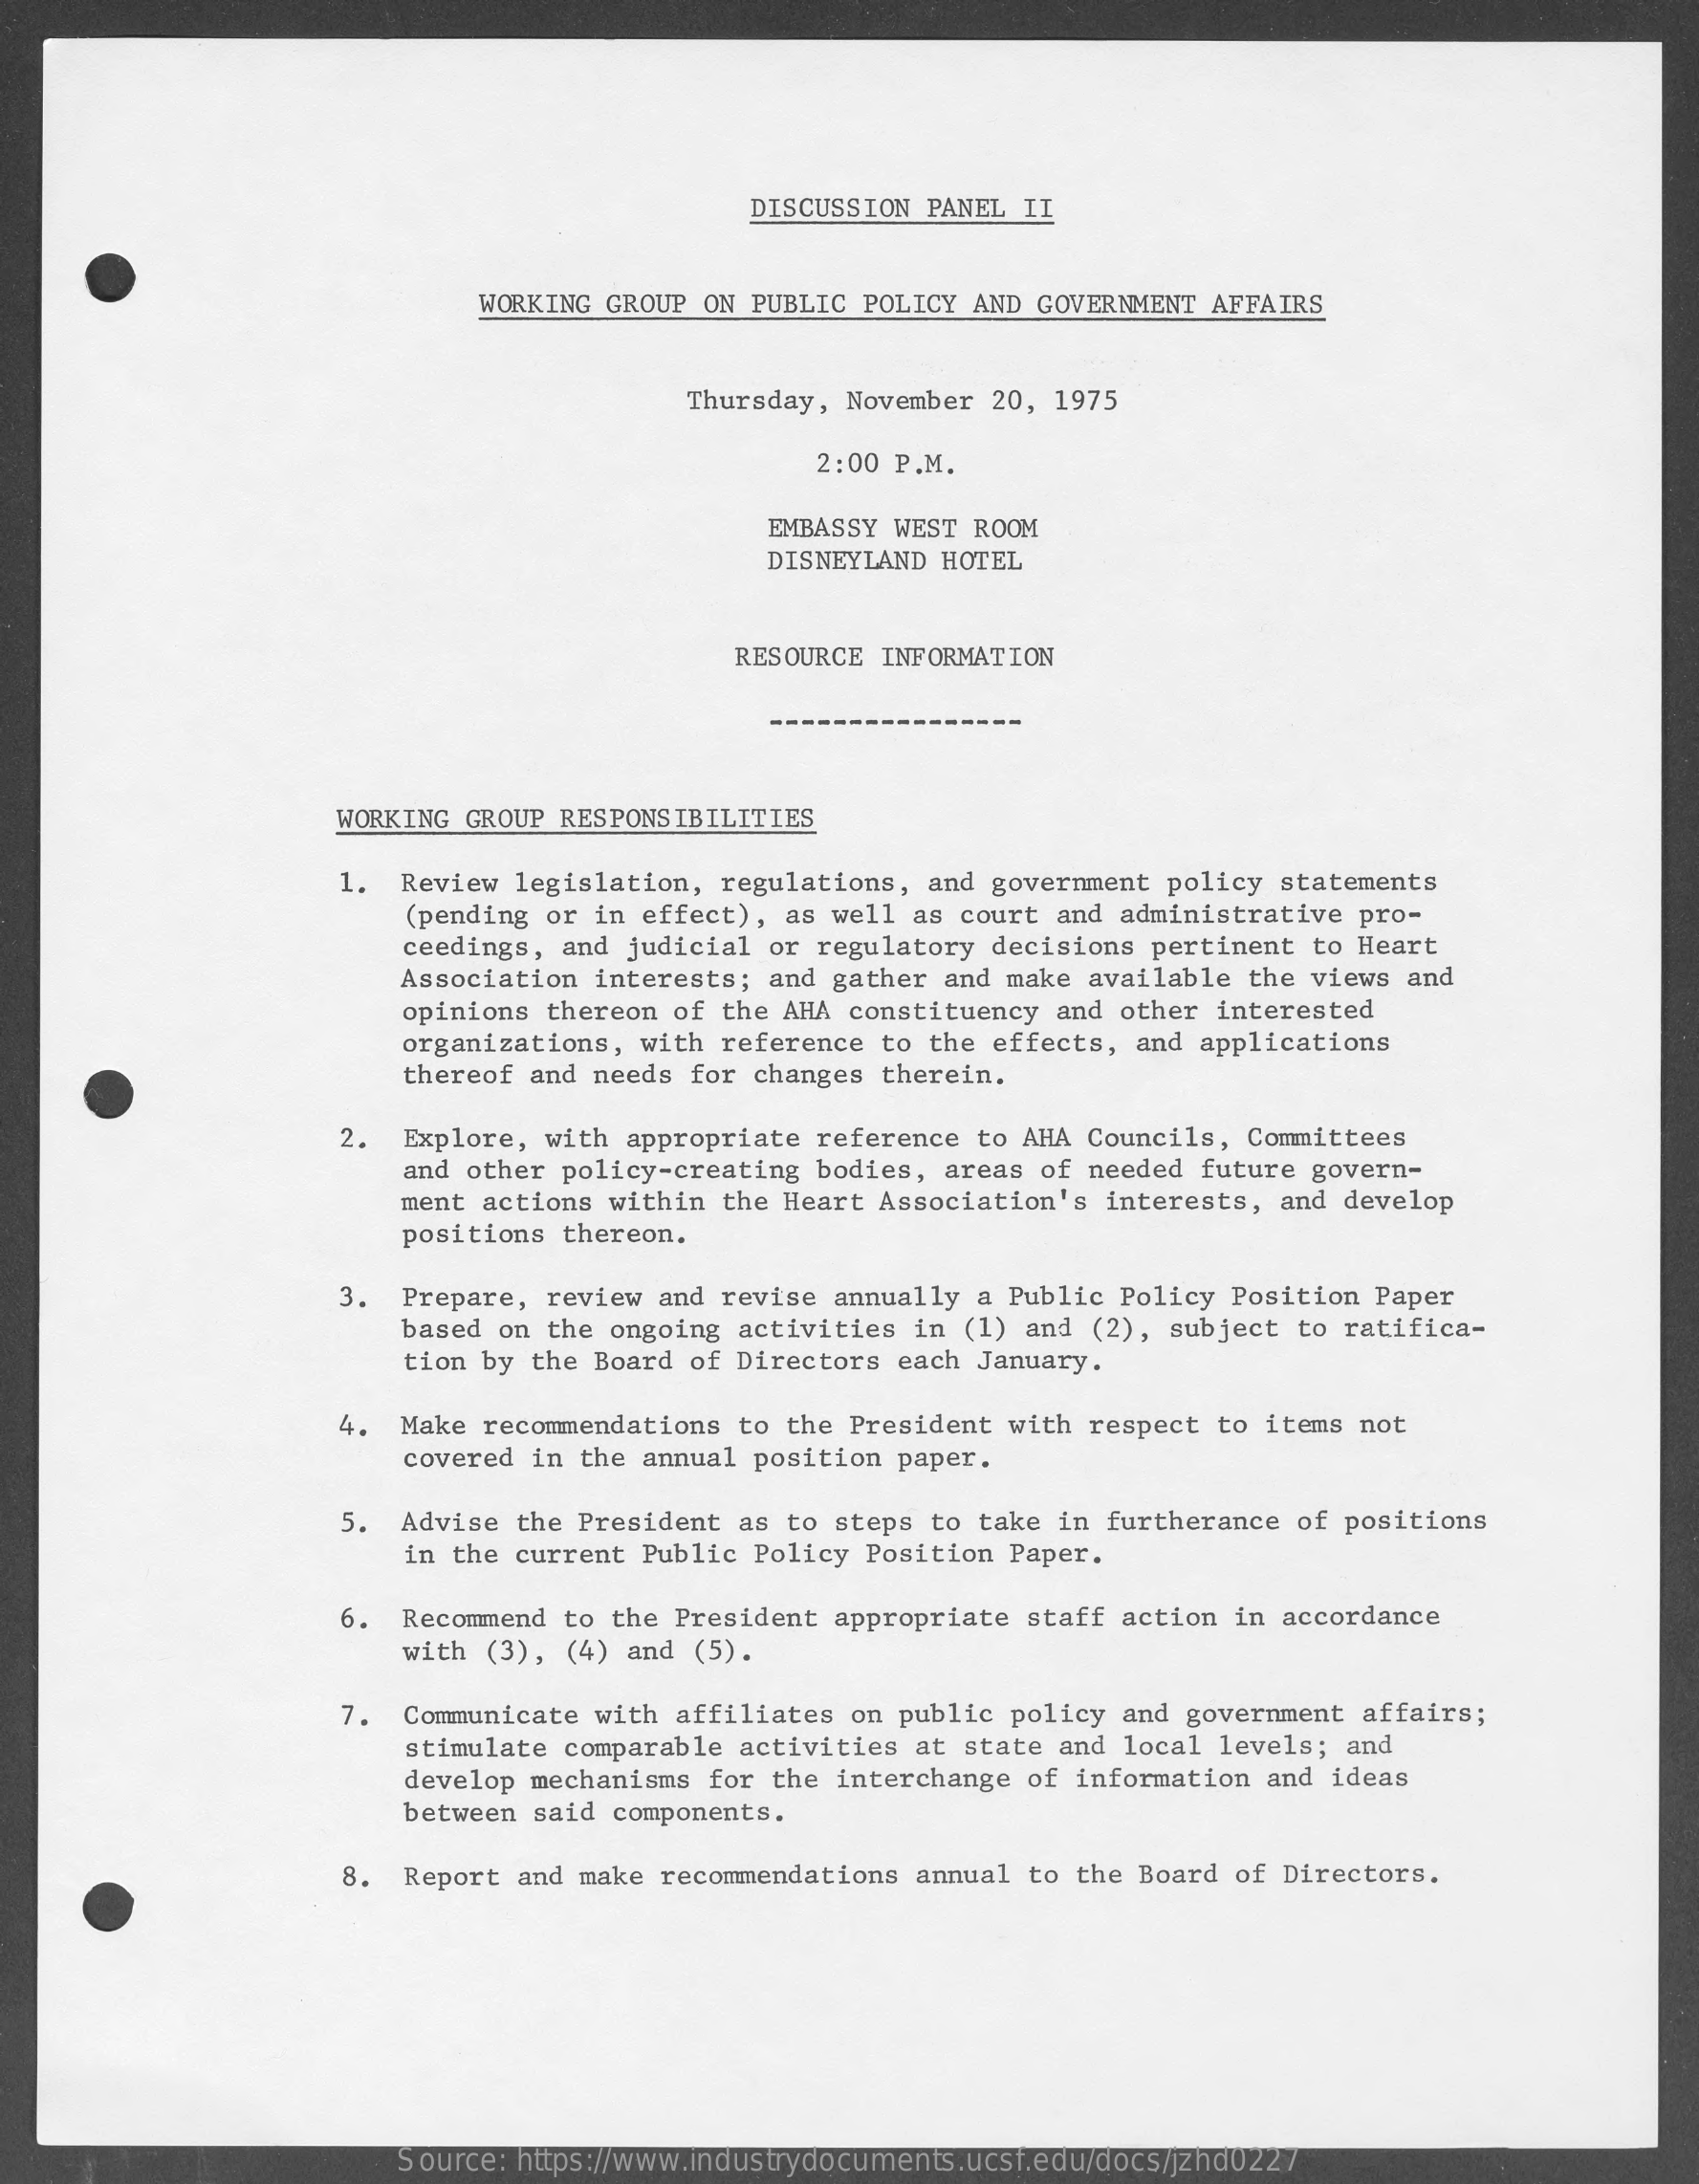
DISCUSSION PANEL II
     WORKING GROUP ON PUBLIC POLICY AND GOVERNMENT AFFAIRS
     Thursday, November 20, 1975
     2:00 P.M.
     EMBASSY WEST ROOM
     DISNEYLAND HOTEL
     RESOURCE INFORMATION
     ---
     WORKING GROUP RESPONSIBILITIES
     1. Review legislation, regulations, and government policy statements
     (pending or in effect), as well as court and administrative pro-
     ceedings, and judicial or regulatory decisions pertinent to Heart
     Association interests; and gather and make available the views and
     opinions thereon of the AHA constituency and other interested
     organizations, with reference to the effects, and applications
     thereof and needs for changes therein.
     2. Explore, with appropriate reference to AHA Councils, Committees
     and other policy-creating bodies, areas of needed future govern-
     ment actions within the Heart Association's interests, and develop
     positions thereon.
     3. Prepare, review and revise annually a Public Policy Position Paper
     based on the ongoing activities in (1) and (2), subject to ratifica-
     tion by the Board of Directors each January.
     4. Make recommendations to the President with respect to items not
     covered in the annual position paper.
     5. Advise the President as to steps to take in furtherance of positions
     in the current Public Policy Position Paper.
     6. Recommend to the President appropriate staff action in accordance
     with (3), (4) and (5) .
     7. Communicate with affiliates on public policy and government affairs;
     stimulate comparable activities at state and local levels; and
     develop mechanisms for the interchange of information and ideas
     between said components.
     8. Report and make recommendations annual to the Board of Directors.
     Source: https://www.industrydocuments.ucsf.edu/docs/jzhd0227